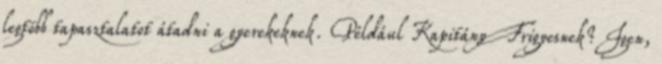
legtöbb tapasztalatot átadni a gyerekeknek. Például Kapitány Frigyesnek? Igen,